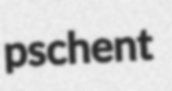
pschent